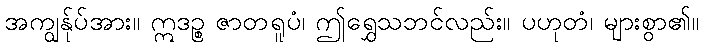
အကျွန်ုပ်အား။ ဣဒဉ္စ ဇာတရူပံ၊ ဤရွှေသဘင်လည်း။ ပဟုတံ၊ များစွာ၏။